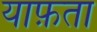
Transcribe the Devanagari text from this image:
याफ़ता